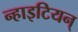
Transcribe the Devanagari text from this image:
न्हाइटियन्